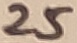
Text: 25